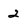
Character: 2